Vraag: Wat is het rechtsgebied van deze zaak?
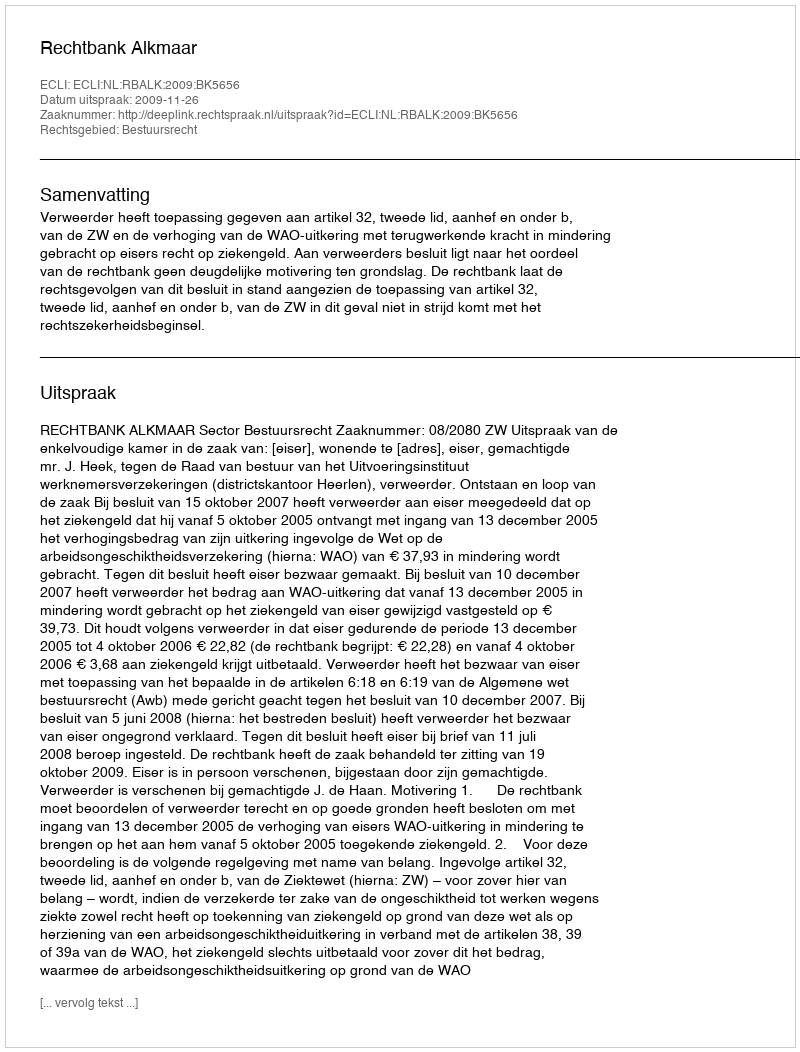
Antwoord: Bestuursrecht